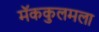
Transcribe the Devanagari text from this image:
मॅककुलमला